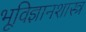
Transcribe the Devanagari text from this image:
भूविज्ञानशास्त्र